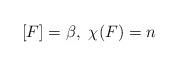
LaTeX: \begin{align*}[F]=\beta, \ \chi(F)=n\end{align*}